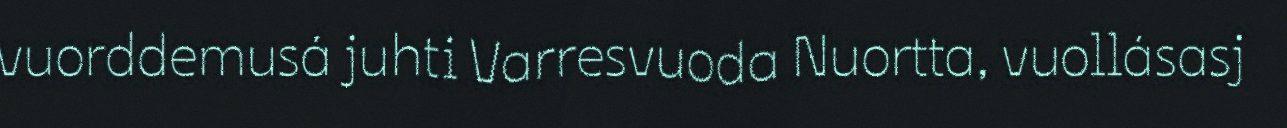
vuorddemusá juhti Varresvuoda Nuortta, vuollásasj